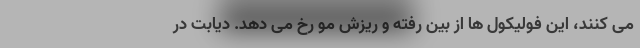
می کنند، این فولیکول ها از بین رفته و ریزش مو رخ می دهد. دیابت در